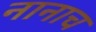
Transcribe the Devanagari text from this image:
नानाच